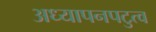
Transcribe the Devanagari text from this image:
अध्यापनपटुत्व